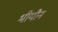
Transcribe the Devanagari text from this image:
भीयौन